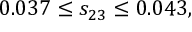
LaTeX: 0 . 0 3 7 \leq s _ { 2 3 } \leq 0 . 0 4 3 ,